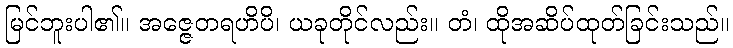
မြင်ဘူးပါ၏။ အဇ္ဇေတရဟိပိ၊ ယခုတိုင်လည်း။ တံ၊ ထိုအဆိပ်ထုတ်ခြင်းသည်။